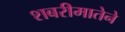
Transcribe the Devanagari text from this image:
शबरीमातेने